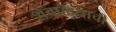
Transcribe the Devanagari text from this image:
शेवाळयाची